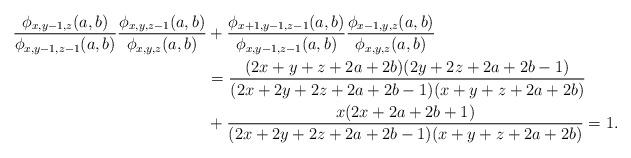
LaTeX: \begin{align*}\frac{\phi_{x,y-1,z}(a,b)}{\phi_{x,y-1,z-1}(a,b)}\frac{\phi_{x,y,z-1}(a,b)}{\phi_{x,y,z}(a,b)}&+\frac{\phi_{x+1,y-1,z-1}(a,b)}{\phi_{x,y-1,z-1}(a,b)}\frac{\phi_{x-1,y,z}(a,b)}{\phi_{x,y,z}(a,b)}\\&=\frac{(2x+y+z+2a+2b)(2y+2z+2a+2b-1)}{(2x+2y+2z+2a+2b-1)(x+y+z+2a+2b)}\\&+\frac{x(2x+2a+2b+1)}{(2x+2y+2z+2a+2b-1)(x+y+z+2a+2b)}=1.\end{align*}